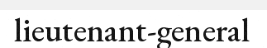
lieutenant-general